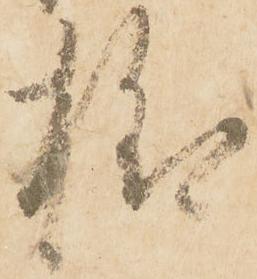
様